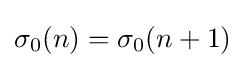
\sigma _{0}(n)=\sigma _{0}(n+1)